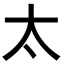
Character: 太